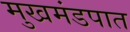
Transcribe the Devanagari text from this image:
मुखमंडपात